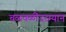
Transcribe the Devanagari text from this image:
चळवळींदरम्यान